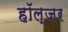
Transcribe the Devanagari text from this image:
हॉल्ज़र